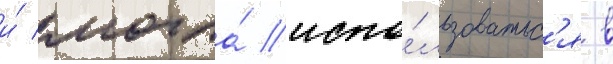
и́ могла́ испо́льзоватьс'я в